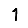
Digit: 1